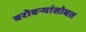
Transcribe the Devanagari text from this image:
बरोबर्‍यांसोबत